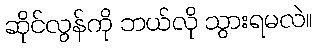
ဆိုင်လွန်ကို ဘယ်လို သွားရမလဲ။